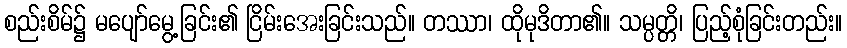
စည်းစိမ်၌ မပျော်မွေ့ခြင်း၏ ငြိမ်းအေးခြင်းသည်။ တဿာ၊ ထိုမုဒိတာ၏။ သမ္ပတ္တိ၊ ပြည့်စုံခြင်းတည်း။